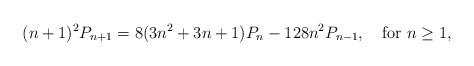
LaTeX: \begin{align*} (n+1)^2P_{n+1}=8(3n^2+3n+1)P_{n}-128n^2P_{n-1}, \quad\mbox{for } n\geq 1, \end{align*}